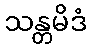
သန္တမိဒံ